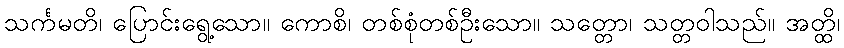
သင်္ကမတိ၊ ပြောင်းရွေ့သော။ ကောစိ၊ တစ်စုံတစ်ဦးသော။ သတ္တော၊ သတ္တဝါသည်။ အတ္ထိ၊